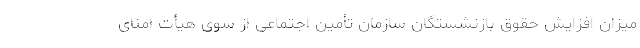
میزان افزایش حقوق بازنشستگان سازمان تأمین اجتماعی از سوی هیأت امنای